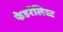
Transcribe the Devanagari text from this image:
फेडरॅलिस्ट